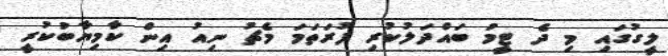
ލީގުގައި މި ދެ ޓީމު ބައްދަލުކުރި ފުރަތަމަ މެޗު ނިއު އިން ކާމިޔާބުކުރީ